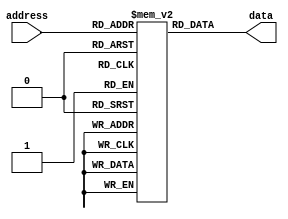
module rom (
    input wire [address_width-1:0] address,
    output reg [data_width-1:0] data
);

parameter address_width = 8; // Define address width
parameter data_width = 16; // Define data width
parameter rom_size = 256; // Define ROM size

reg [data_width-1:0] memory [rom_size-1:0]; // Declare memory array

initial begin
    // Initialize memory with data at each address
    // For example, for a 256-word ROM:
    memory[0] = 16'h0000;
    memory[1] = 16'h1234;
    // Add data for remaining addresses as needed
end

always @* begin
    // Read data from memory based on address
    data = memory[address];
end

endmodule